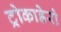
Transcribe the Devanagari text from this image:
ट्रोकाडेरो